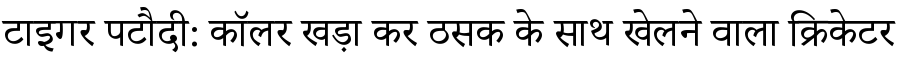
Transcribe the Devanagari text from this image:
टाइगर पटौदी: कॉलर खड़ा कर ठसक के साथ खेलने वाला क्रिकेटर